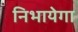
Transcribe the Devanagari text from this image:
निभायेगा